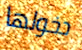
دخولها